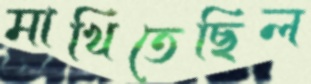
মাখিতেছিল